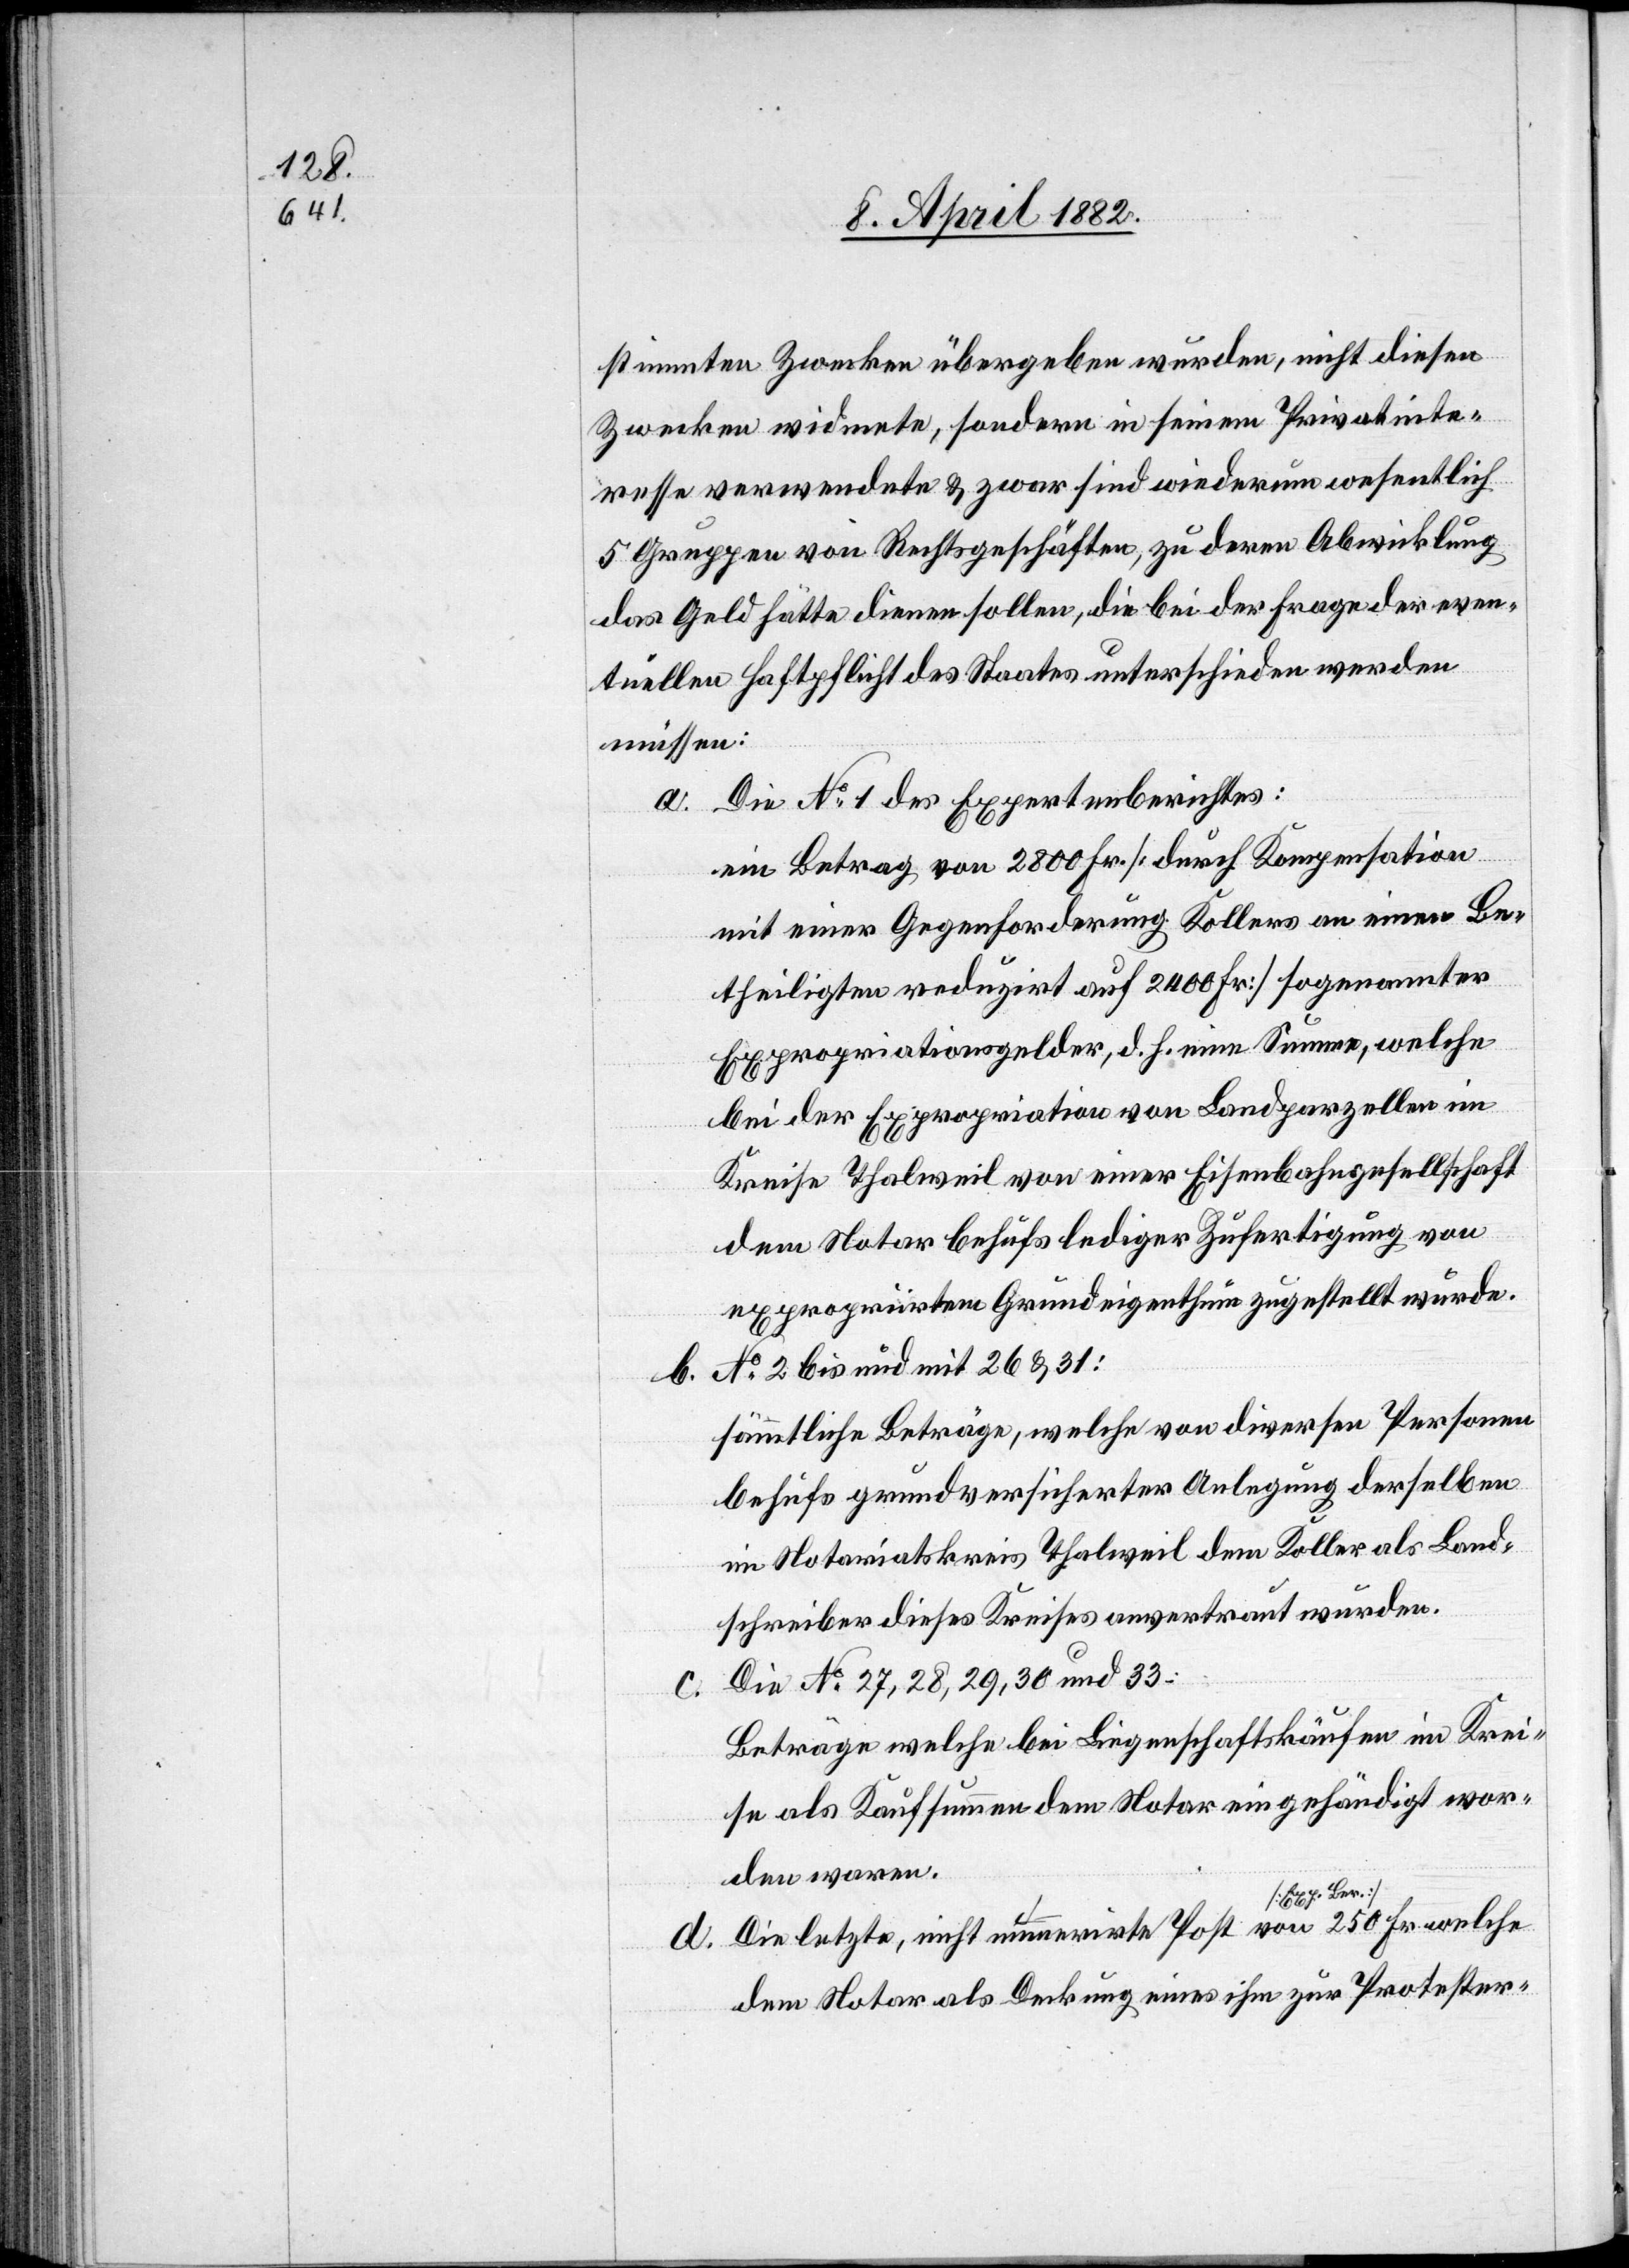
stimmten Zwecken übergeben wurden, nicht diesen
Zwecken widmete, sondern in seinem Privatinte¬
resse verwendete & zwar sind wiederum wesentlich
5 Gruppen von Rechtsgeschäften, zu deren Abwicklung
das Geld hätte dienen sollen, die bei der Frage der even¬
tuellen Haftpflicht des Staates unterschieden werden
müssen:
Die No 1 des Expertenberichtes:
ein Betrag von 2800 Fr. [durch Kompensation
mit einer Gegenforderung Kollers an einen Be¬
theiligten reduzirt auf 2400 Fr.] sogenannter
Expropriationsgelder, d. h. eine Summe, welche
bei der Expropriation von Landparzellen im
Kreise Thalweil von einer Eisenbahngesellschaft
dem Notar behufs lediger Zufertigung von
expropriirtem Grundeigenthum zugestellt wurde.
No 2 bis und mit 26 & 31:
b.
sämmtliche Beträge, welche von diversen Personen
behufs grundversicherter Anlegung derselben
im Notariatskreis Thalweil dem Koller als Land¬
schreiber dieses Kreises anvertraut wurden.
Die No 27, 28, 29, 30 und 33:
d.
Beträge welche bei Liegenschaftskäufen im Krei¬
se als Kaufsummen dem Notar eingehändigt wor¬
den waren.
Die letzte, nicht nummerirte Post von 250 Fr.
Notar als Deckung eines ihm zur Protester-